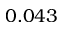
0 . 0 4 3